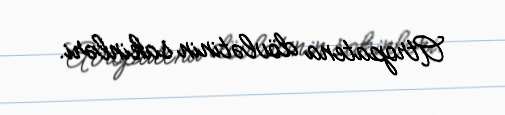
Atropatena dövlətinin sakinləri.